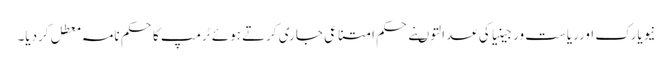
نیویارک اورریاست ورجینیاکی عدالتوںنے حکم امتناعی جاری کرتے ہوئے ٹرمپ کاحکم نامہ معطل کردیا۔